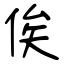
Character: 俟